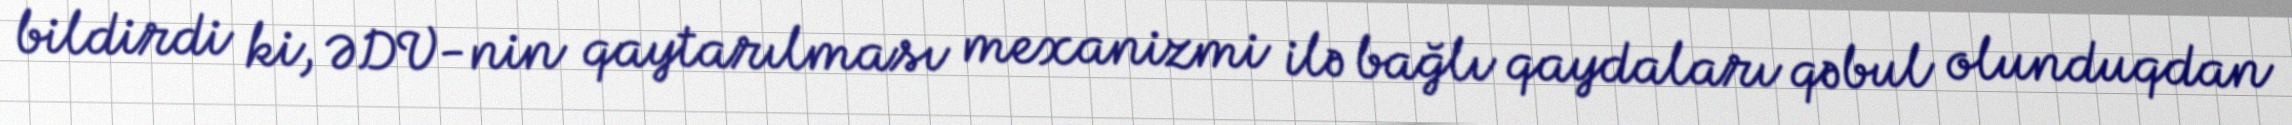
bildirdi ki, ƏDV-nin qaytarılması mexanizmi ilə bağlı qaydaları qəbul olunduqdan